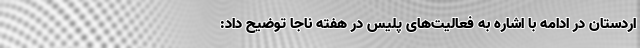
اردستان در ادامه با اشاره به فعالیت‌های پلیس در هفته ناجا توضیح داد: